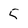
Character: 5